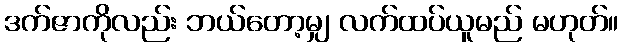
ဒက်ဇာကိုလည်း ဘယ်တော့မျှ လက်ထပ်ယူမည် မဟုတ်။